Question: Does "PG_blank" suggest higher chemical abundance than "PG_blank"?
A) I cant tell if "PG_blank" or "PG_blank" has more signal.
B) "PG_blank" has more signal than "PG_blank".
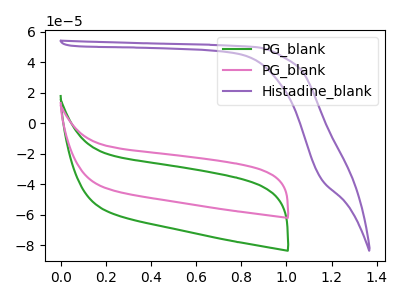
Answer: <think>The green curve "PG_blank" has no peaks. The pink curve "PG_blank" has no peaks. The purple curve "Histadine_blank" has no peaks.
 Neither "PG_blank" or "PG_blank" have any peaks.</think>
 <answer>A) I cant tell if "PG_blank" or "PG_blank" has more signal.</answer>
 <eval>A</eval>